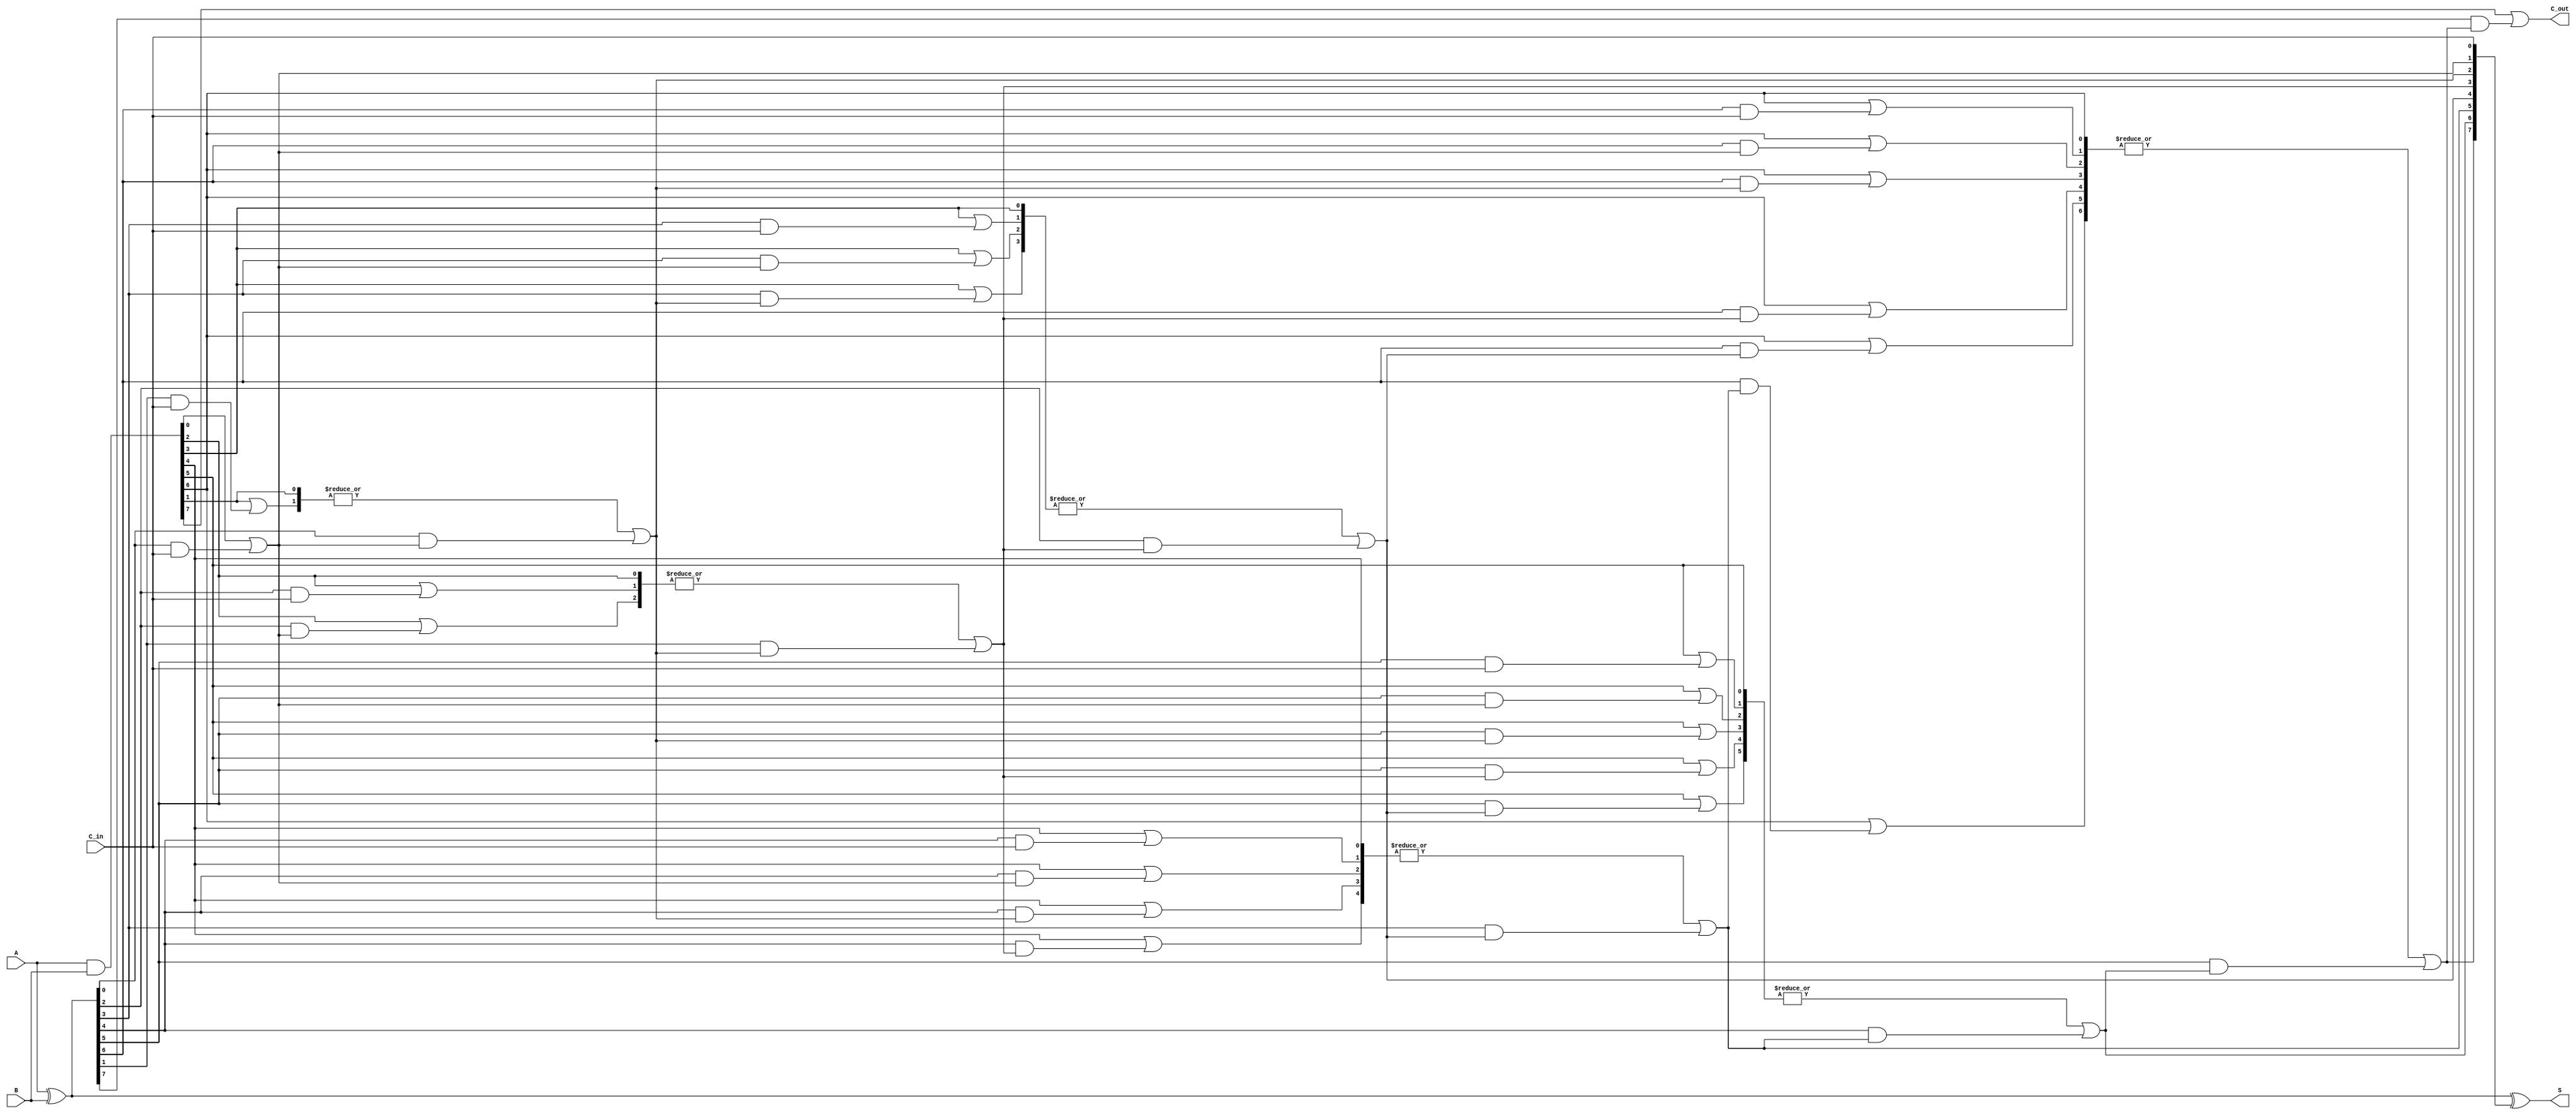
module SklanskyAdder #(parameter N = 8) (
    input  [N-1:0] A,      // First operand
    input  [N-1:0] B,      // Second operand
    input          C_in,    // Carry-in
    output [N-1:0] S,      // Sum output
    output         C_out     // Carry-out
);

    // Generate and Propagate signals
    wire [N-1:0] P; // Propagate
    wire [N-1:0] G; // Generate
    wire [N-1:0] C; // Carry signals

    // Generate and Propagate calculations
    assign P = A ^ B;     // P[i] = A[i] XOR B[i]
    assign G = A & B;     // G[i] = A[i] AND B[i]

    // Carry signal calculations (Sklansky adder levels)
    genvar i, j;

    // Level 0 (base level)
    assign C[0] = C_in; // First carry input

    // Level 1 calculations
    assign C[1] = G[0] | (P[0] & C[0]); // C[1]

    // Higher levels of carry calculation
    for (i = 1; i < N; i=i+1) begin : carry_generation
        wire [i:0] temp_G;
        wire [i:0] temp_P;
        assign temp_G[0] = G[i]; // G[i]
        assign temp_P[0] = P[i]; // P[i]

        for (j = 0; j < i; j=j+1) begin : generate_computer
            assign temp_G[j+1] = G[i] | (P[i] & C[j]);
            assign temp_P[j+1] = P[i] & P[j];
        end

        assign C[i+1] = |{temp_G} | (P[i-1] & |{C[i:i]}); // C[i+1]
    end

    // Final carry-out
    assign C_out = G[N-1] | (P[N-1] & C[N-1]); // C_out

    // Sum calculations
    assign S = P ^ {C[N-1:1], C_in}; // S[i] = P[i] XOR C[i]

endmodule